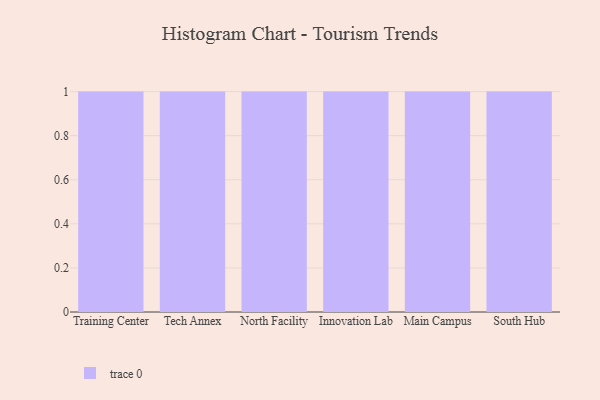
{"axis": {"x": "Campus", "y": "Demand Index"}, "legend": [""], "data": [{"x": "Training Center", "y": 48, "type": ""}, {"x": "Tech Annex", "y": 93, "type": ""}, {"x": "North Facility", "y": 17, "type": ""}, {"x": "Innovation Lab", "y": 100, "type": ""}, {"x": "Main Campus", "y": 10, "type": ""}, {"x": "South Hub", "y": 65, "type": ""}]}